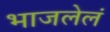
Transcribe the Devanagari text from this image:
भाजलेलं